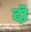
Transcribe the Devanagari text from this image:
दॉ